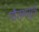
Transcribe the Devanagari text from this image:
गौतमसूत्र